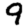
Digit: 9